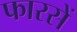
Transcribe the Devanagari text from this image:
फारसें